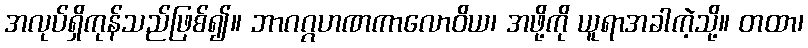
အလုပ်ရှိကုန်သည်ဖြစ်၍။ ဘာဂဂ္ဂဟဏကာလောဝိယ၊ အဖို့ကို ယူရာအခါကဲ့သို့။ တထာ၊